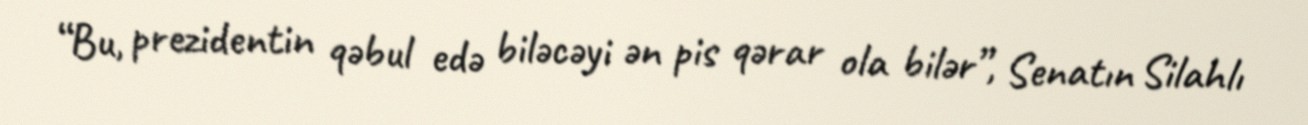
“Bu, prezidentin qəbul edə biləcəyi ən pis qərar ola bilər”, Senatın Silahlı